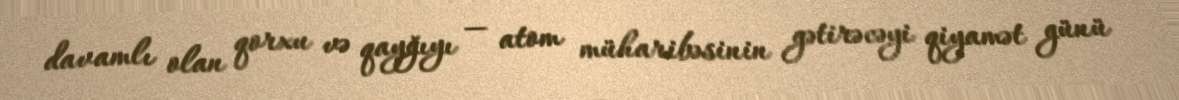
davamlı olan qorxu və qayğıyı — atom müharibəsinin gətirəcəyi qiyamət günü